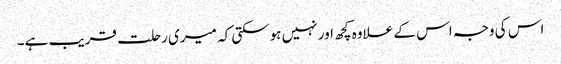
اس کی وجہ اس کے علاوہ کچھ اور نہیں ہوسکتی کہ میری رحلت قریب ہے۔